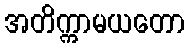
အတိက္ကာမယတော